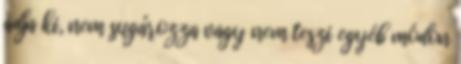
adja ki, nem sugározza vagy nem teszi egyéb módon